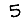
Digit: 5